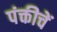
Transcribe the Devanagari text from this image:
पंक्तीचें